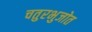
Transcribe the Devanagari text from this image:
चतुरभुजोत